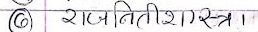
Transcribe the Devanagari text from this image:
(6) राजनीति शास्त्र।